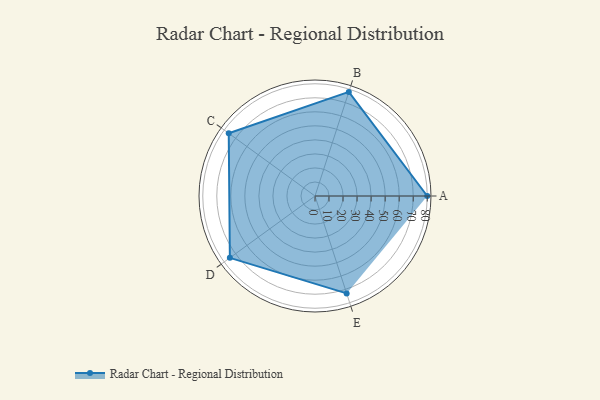
{"axis": {"x": "Skill", "y": "Score"}, "legend": ["Profile"], "data": [{"x": "A", "y": 80.0, "type": "Profile"}, {"x": "B", "y": 78.0, "type": "Profile"}, {"x": "C", "y": 76.0, "type": "Profile"}, {"x": "D", "y": 75.0, "type": "Profile"}, {"x": "E", "y": 73.0, "type": "Profile"}]}